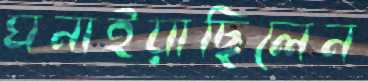
ঘনাইয়াছিলেন